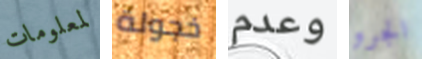
لمعلومات خجولة وعدم الجرو